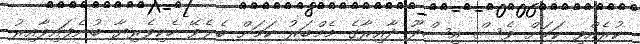
ކުރެއްވި ކަމަށް ވެސް އިސްދޫ ދާއިރާގެ މެމްބަރު ކަމަށް ބެލެވޭ ހެކިވެރިޔާ ބުނެފައިވާއިރު